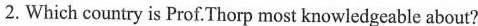
2.Which country is Prof.Thorp most knowledgeable about?